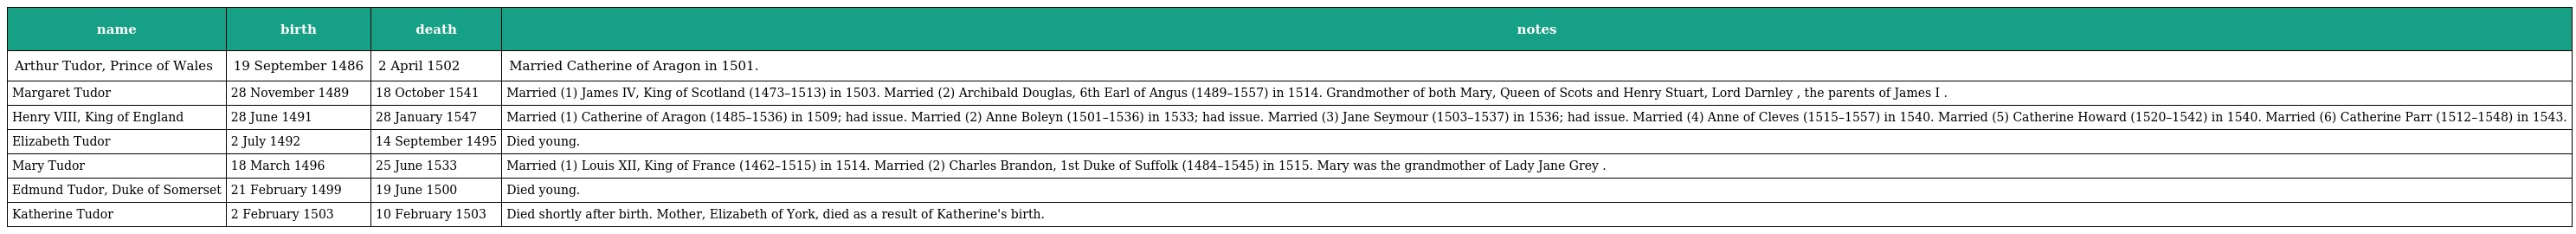
| name | birth | death | notes |
 | --- | --- | --- | --- |
 | Arthur Tudor, Prince of Wales | 19 September 1486 | 2 April 1502 | Married Catherine of Aragon in 1501. |
 | Margaret Tudor | 28 November 1489 | 18 October 1541 | Married (1) James IV, King of Scotland (1473–1513) in 1503. Married (2) Archibald Douglas, 6th Earl of Angus (1489–1557) in 1514. Grandmother of both Mary, Queen of Scots and Henry Stuart, Lord Darnley , the parents of James I . |
 | Henry VIII, King of England | 28 June 1491 | 28 January 1547 | Married (1) Catherine of Aragon (1485–1536) in 1509; had issue. Married (2) Anne Boleyn (1501–1536) in 1533; had issue. Married (3) Jane Seymour (1503–1537) in 1536; had issue. Married (4) Anne of Cleves (1515–1557) in 1540. Married (5) Catherine Howard (1520–1542) in 1540. Married (6) Catherine Parr (1512–1548) in 1543. |
 | Elizabeth Tudor | 2 July 1492 | 14 September 1495 | Died young. |
 | Mary Tudor | 18 March 1496 | 25 June 1533 | Married (1) Louis XII, King of France (1462–1515) in 1514. Married (2) Charles Brandon, 1st Duke of Suffolk (1484–1545) in 1515. Mary was the grandmother of Lady Jane Grey . |
 | Edmund Tudor, Duke of Somerset | 21 February 1499 | 19 June 1500 | Died young. |
 | Katherine Tudor | 2 February 1503 | 10 February 1503 | Died shortly after birth. Mother, Elizabeth of York, died as a result of Katherine's birth. |